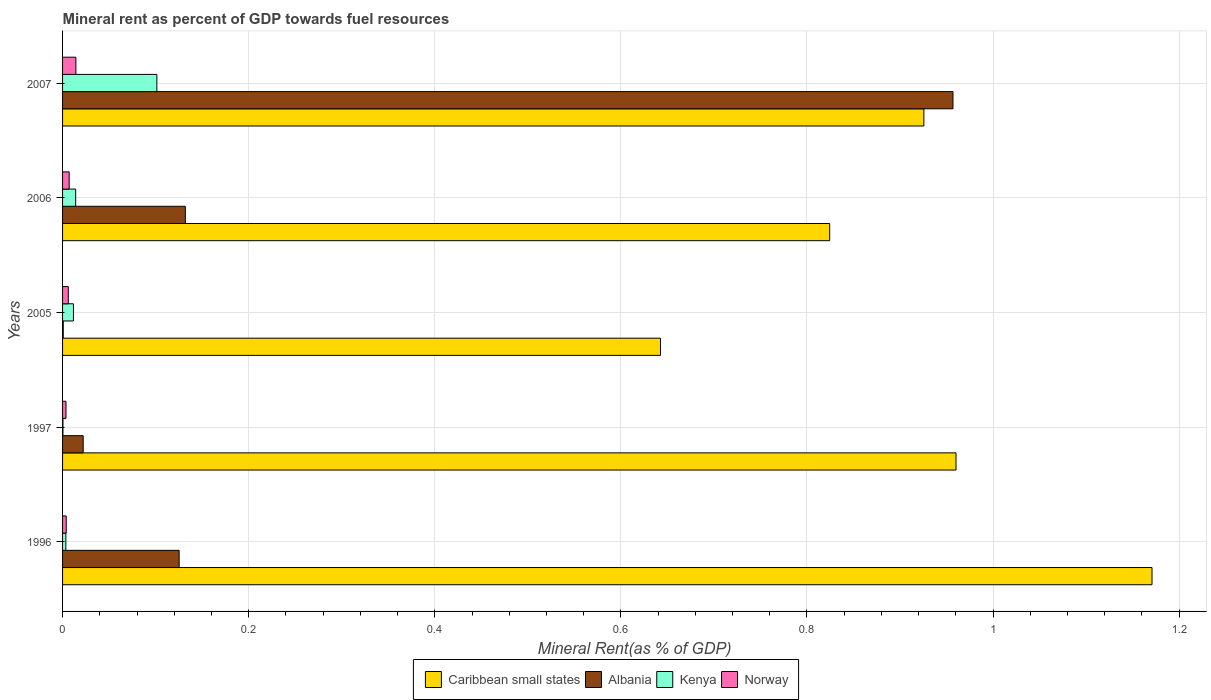
| Years | Caribbean small states | Albania | Kenya | Norway |
 | --- | --- | --- | --- | --- |
 | 1996 | 1.17 | 0.125 | 0.00354 | 0.00394 |
 | 1997 | 0.96 | 0.0221 | 0.000407 | 0.00367 |
 | 2005 | 0.643 | 0.000712 | 0.0117 | 0.00614 |
 | 2006 | 0.824 | 0.132 | 0.0141 | 0.00711 |
 | 2007 | 0.926 | 0.957 | 0.101 | 0.0143 |